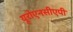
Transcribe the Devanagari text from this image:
यूरोएनसीएपी